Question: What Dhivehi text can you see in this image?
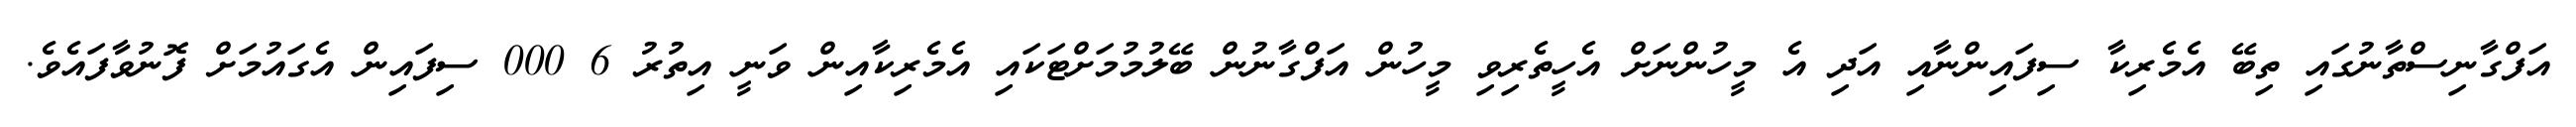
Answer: އަފްގާނިސްތާނުގައި ތިބޭ އެމެރިކާ ސިފައިންނާއި އަދި އެ މީހުންނަށް އެހީތެރިވި މީހުން އަފްގާނުން ބޭލުމުމަށްޓަކައި އެމެރިކާއިން ވަނީ އިތުރު 6 000 ސިފައިން އެގައުމަށް ފޮނުވާފައެވެ.